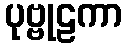
ပုဗ္ဗုဠကာ